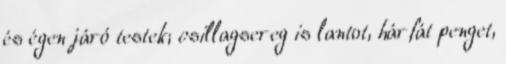
és égen járó testek; csillagsereg is lantot, hárfát penget,